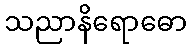
သညာနိရောဓော